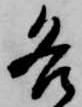
各